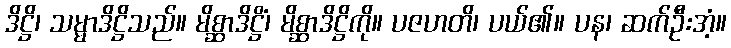
ဒိဋ္ဌိ၊ သမ္မာဒိဋ္ဌိသည်။ မိစ္ဆာဒိဋ္ဌိံ၊ မိစ္ဆာဒိဋ္ဌိကို။ ပဇဟတိ၊ ပယ်၏။ ပန၊ ဆက်ဦးအံ့။